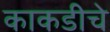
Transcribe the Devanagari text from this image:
काकडीचे